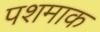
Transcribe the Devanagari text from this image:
पशमाक